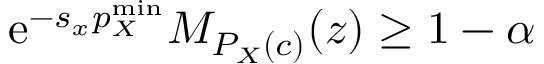
\mathrm { e } ^ { - s _ { x } p _ { X } ^ { \mathrm { m i n } } } M _ { P _ { X } ( c ) } ( z ) \geq 1 - \alpha